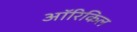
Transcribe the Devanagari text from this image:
ऑरिकिल